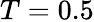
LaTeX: T=0.5